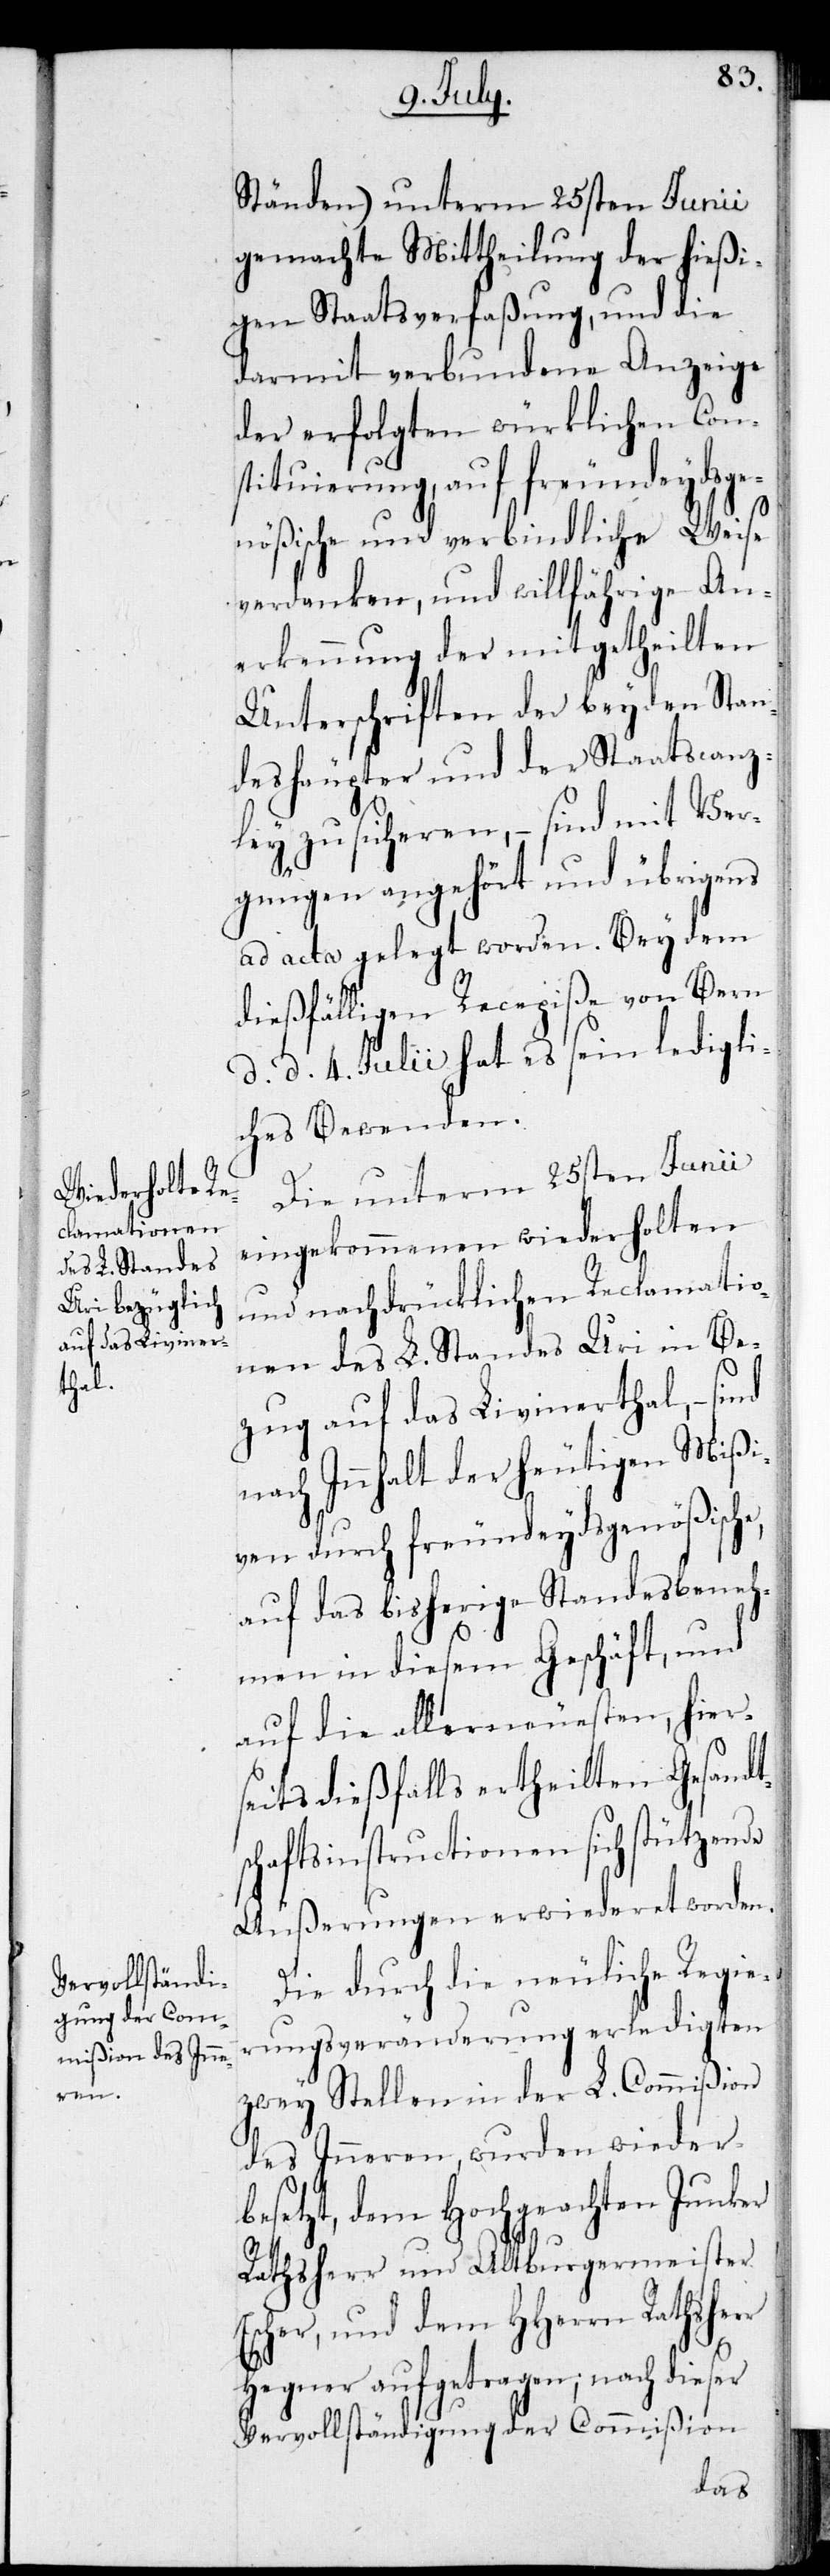
e,

Ständen) unterm 25sten Junii
gemachte Mittheilung der hießi¬
gen Staatsverfaßung, und die
darmit verbundene Anzeige
der erfolgten würklichen Con¬
stituierung, auf freundeydsge¬
nößische und verbindliche Weise
verdanken, und willfährige An¬
erkennung der mitgetheilten
Unterschriften der beyden Stan¬
deshäupter und der Staatscanz¬
ley zu sicheren, – sind mit Ver¬
gnügen angehört und übrigens
ad acta gelegt worden. Bey dem
dießfälligen Rezepiße von Bern
d. d. 4. Julii hat es sein ledigli¬
ches Bewenden.
Die unterm 25sten Junii
eingekommenen wiederholten
und nachdrücklichen Reclamatio¬
nen des L. Standes Uri in Be¬
zug auf das Livinerthal, – sind
nach Innhalt der heutigen Mißi¬
ven durch freundeydsgenößisch¬
auf das bisherige Standesbeneh¬
men in diesem Geschäft, und
auf die allerneuesten, hiers¬
eits dießfalls ertheilten Gesandt¬
schaftsinstructionen sich stützende
Äußerungen erwiederet worden.
Die durch die neuliche Regie¬
rungsveränderung erledigten
zwey Stellen in der L. Commißion
des Inneren, wurden wieder¬
besetzt, dem Hochgeachten Junker
Rathsherr und Altburgermeister
Escher, und dem HHerrn Rathsher¬
r Hegner aufgetragen; nach dieser
Vervollständigung der Commißion